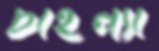
চাইন্যা